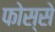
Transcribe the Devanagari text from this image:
फोस्से